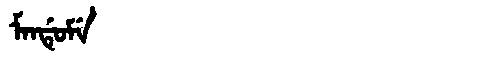
Manchu: ᠮᠠᠨᡩᡠᠮᡝ
Romanization: MANDUME